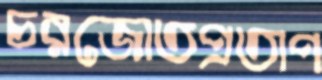
চরজোতপ্রতাপ